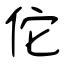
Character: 佗